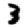
Digit: 3